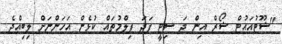
"ޝޫޓުއައުޓް ޝޯރް އިން ދަ ސިޓީ ފަދަ ފިލްމުތައް ކުޅެން އަހަންނަށް ލިބިއްޖެ